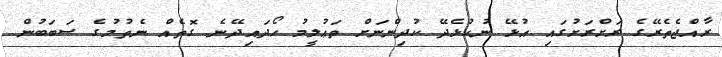
ރާއްޖެތެރޭގެ ރަށްރަށުގައި އުޅޭ ނުކުޅެދޭ ކުދިންނަށް ތަޢުލީމު ހޯދައިދޭނެ ގޮތެއް ނެތުމުގެ ސަބަބުން